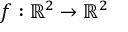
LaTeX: f : \mathbb { R } ^ { 2 } \to \mathbb { R } ^ { 2 }